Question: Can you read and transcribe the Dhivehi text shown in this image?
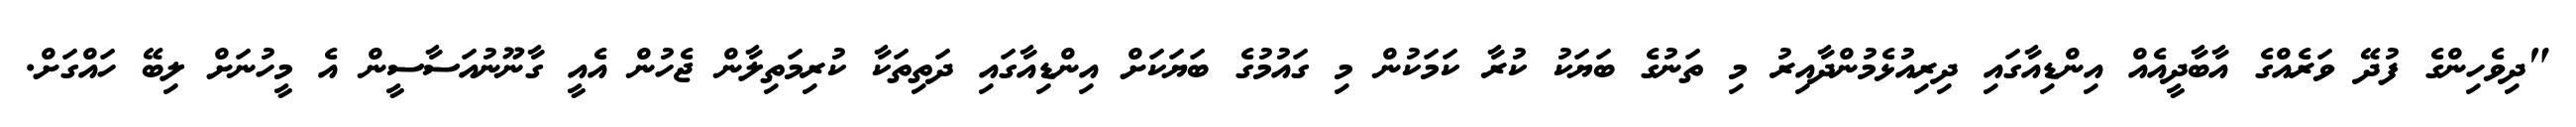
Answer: "ދިވެހިންގެ ފުދޭ ވަރެއްގެ އާބާދީއެއް އިންޑިއާގައި ދިރިއުޅެމުންދާއިރު މި ތަނުގެ ބަޔަކު ކުރާ ކަމަކުން މި ގައުމުގެ ބަޔަކަށް އިންޑިއާގައި ދަތިތަކާ ކުރިމަތިލާން ޖެހުން އެއީ ގާނޫނުއަސާސީން އެ މީހުނަށް ލިބޭ ހައްގަށް.